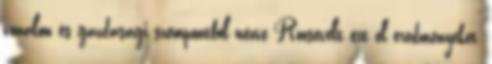
vonalon és gazdasági szempontból nézve Roosevelt ért el eredményeket,